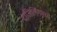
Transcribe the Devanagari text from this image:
दाजिर्लिंगमध्ये